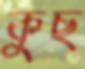
কুছ